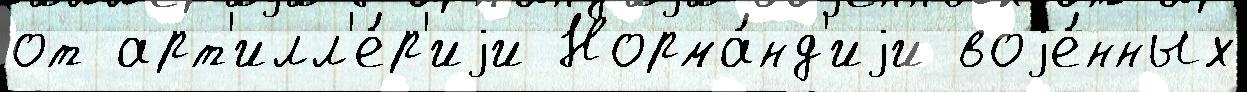
от арт'илл'е́р'иjи Норма́нд'иjи воjе́нных